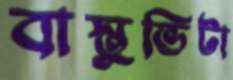
বাস্তুভিটা